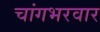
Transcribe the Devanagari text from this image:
चांगभरवार